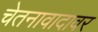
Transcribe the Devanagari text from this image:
चेतनावादावर